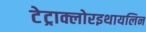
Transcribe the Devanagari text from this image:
टेट्राक्लोरइथायलिन